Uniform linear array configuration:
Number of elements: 24
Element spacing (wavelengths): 0.75
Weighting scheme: blackman
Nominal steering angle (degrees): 60
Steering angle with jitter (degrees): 60.404
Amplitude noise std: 0.05
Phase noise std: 0.05

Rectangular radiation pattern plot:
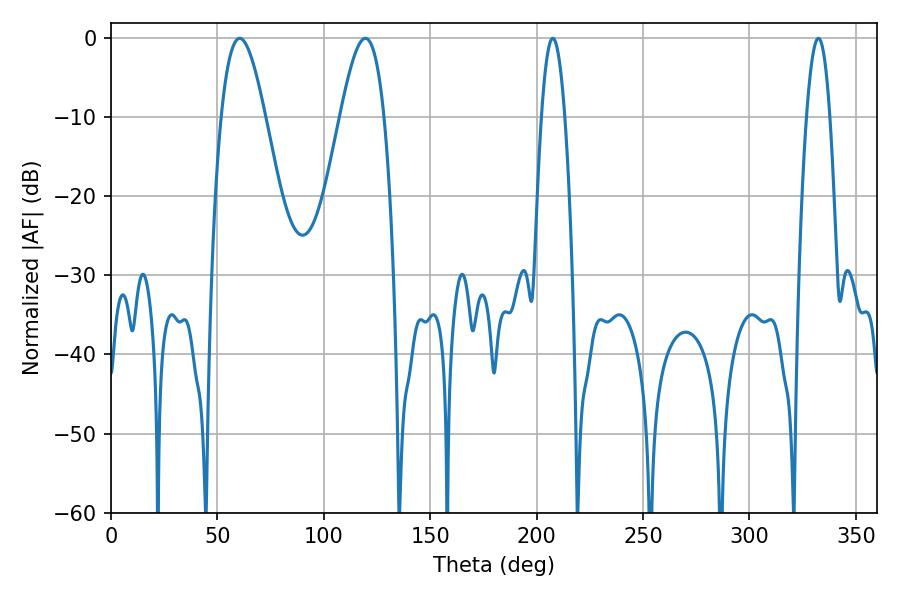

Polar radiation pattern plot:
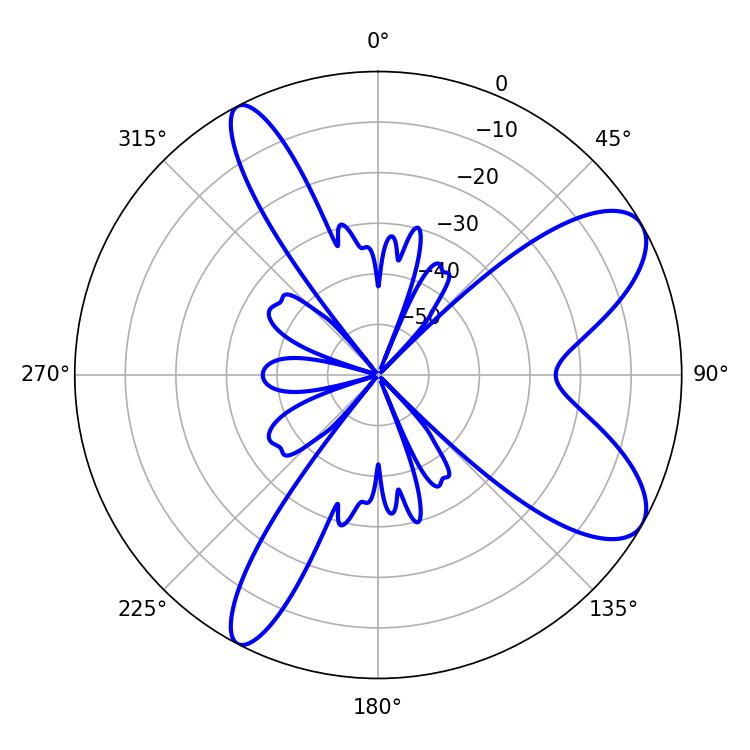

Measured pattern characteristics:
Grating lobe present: TRUE
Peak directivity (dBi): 8.724
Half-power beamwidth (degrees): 11.16
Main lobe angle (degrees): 60.48